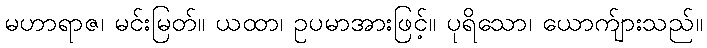
မဟာရာဇ၊ မင်းမြတ်။ ယထာ၊ ဥပမာအားဖြင့်။ ပုရိသော၊ ယောက်ျားသည်။